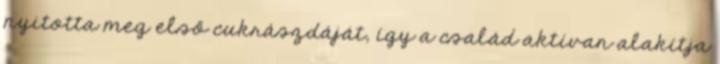
nyitotta meg első cukrászdáját, így a család aktívan alakítja